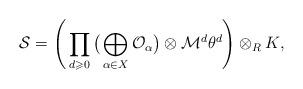
LaTeX: \begin{align*}\mathcal{S}=\Bigg(\prod_{d\geqslant 0}\big(\bigoplus_{\alpha\in X}\mathcal{O}_\alpha\big)\otimes \mathcal{M}^d\theta^d\Bigg)\otimes_{R}K,\end{align*}